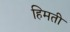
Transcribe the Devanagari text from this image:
हिमती